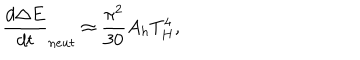
LaTeX: \frac { d \Delta E } { d t } _ { n e u t } \approx \frac { \pi ^ { 2 } } { 3 0 } A _ { h } T _ { H } ^ { 4 } ,